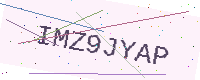
Text: IMZ9JYAP